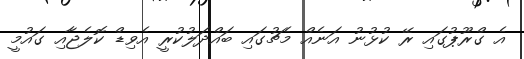
އެ ގްރޫޕުގައި ރޭ ކުޅުނު އަނެއް މެޗުގައި ބައްދަލުކުރީ އެވިޑް ކޮލެޖާއި ގައުމީ